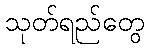
သုတ်ရည်တွေ